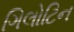
ગિલોટિન